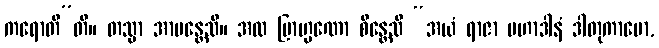
ကရောတီ”တိ။ တသ္မာ အာမန္တေသိ။ အထ ဗြာဟ္မဏော စိန္တေသိ “အယံ ရာဇာ မဟာဒါနံ ဒါတုကာမော,